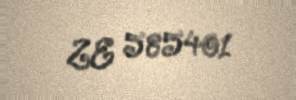
ZE 585401